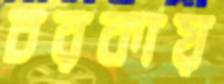
চরকায়